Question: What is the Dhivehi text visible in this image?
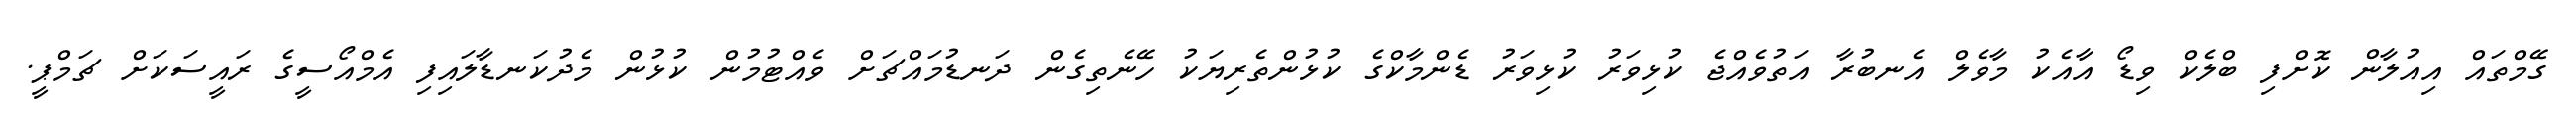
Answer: ގޭމްތައް އިއުލާން ކޮށްފި ބްލެކް ވިޑޯ އާއެކު މާވެލް އެނބުރާ އަތުވެއްޖެ ކުޅިވަރު ކުޅިވަރު ޑެންމާކްގެ ކުޅުންތެރިޔަކު ހޭނެތިގެން ދަނޑުމައްޗަށް ވެއްޓުމުން ކުޅުން މެދުކަނޑާލައިފި އެމްއޯސީގެ ރައީސަކަށް ޗަމްޕީ.